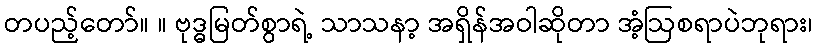
တပည့်တော်။ ။ ဗုဒ္ဓမြတ်စွာရဲ့ သာသနာ့ အရှိန်အဝါဆိုတာ အံ့ဩစရာပဲဘုရား၊